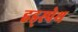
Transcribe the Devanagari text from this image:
हड्स्पेथ